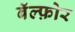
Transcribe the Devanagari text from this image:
बॅल्फ़ोर